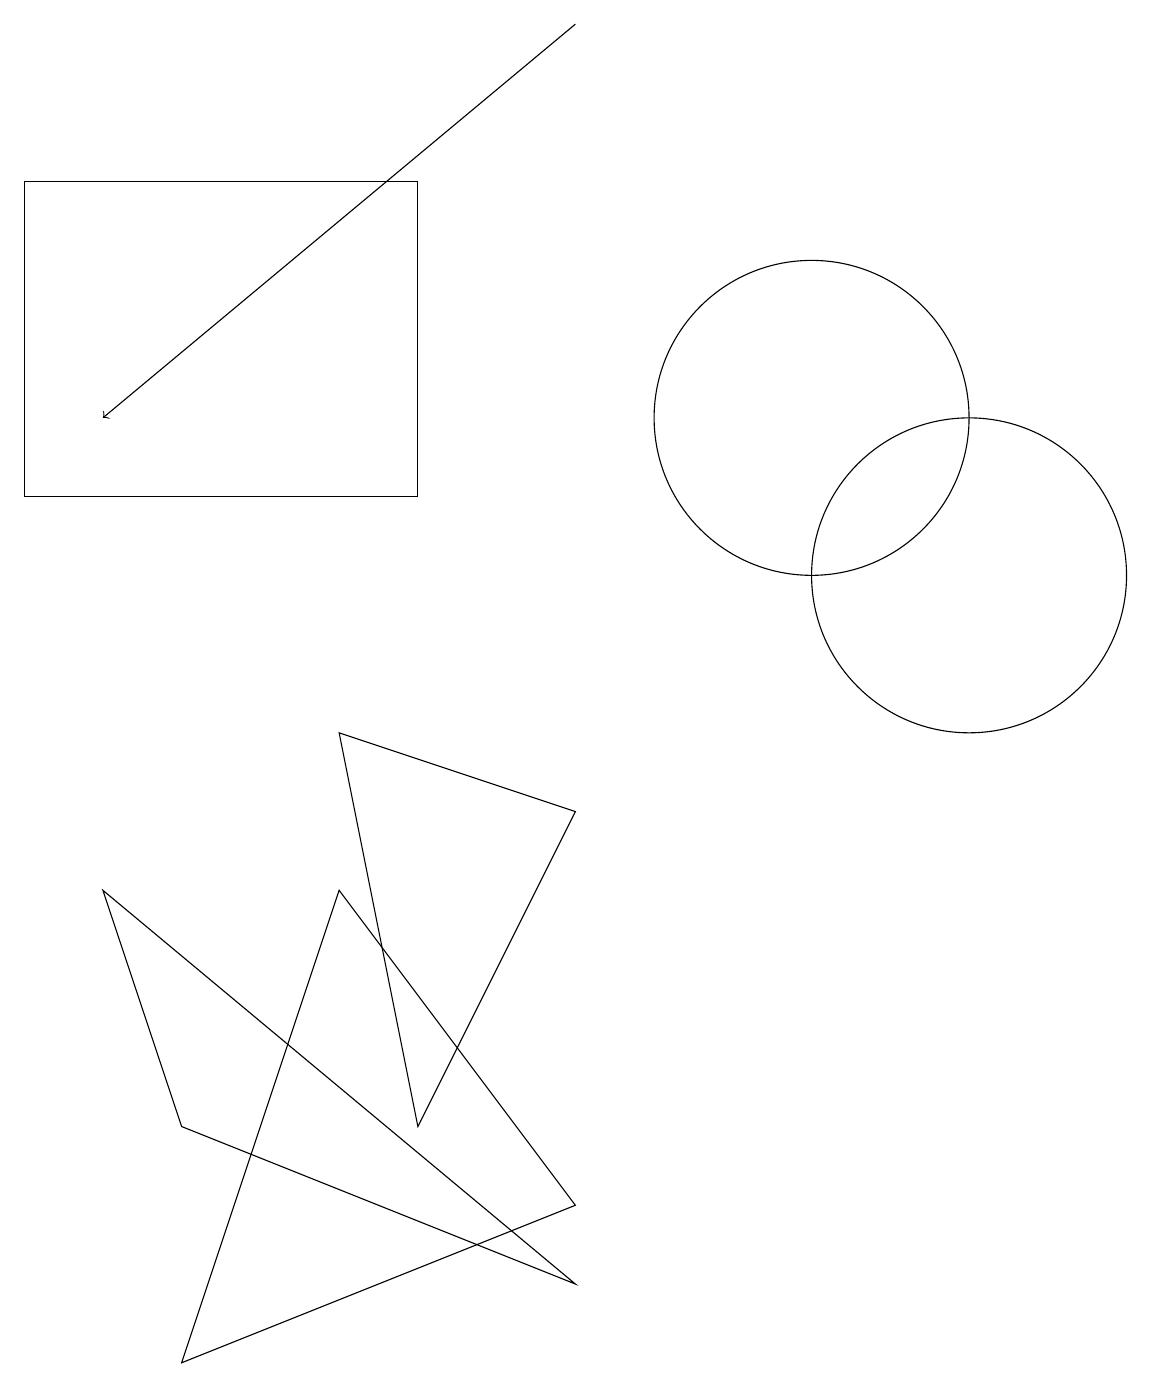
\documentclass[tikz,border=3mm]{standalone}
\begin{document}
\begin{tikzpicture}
\draw (4,8) -- (7,7) -- (5,3) -- cycle;
\draw (0,11) rectangle (5,15);
\draw (2,3) -- (7,1) -- (1,6) -- cycle;
\draw[->] (7,17) -- (1,12);
\draw (12,10) circle (2);
\draw (4,6) -- (2,0) -- (7,2) -- cycle;
\draw (10,12) circle (2);
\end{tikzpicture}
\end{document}